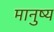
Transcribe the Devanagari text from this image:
मानुष्य